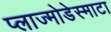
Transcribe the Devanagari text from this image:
प्लाज्मोडेस्माटा